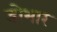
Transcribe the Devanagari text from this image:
डोभार